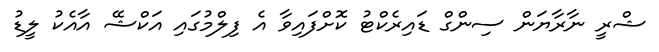
ޝްރީ ނާރާޔަން ސިންގް ޑައިރެކްޓު ކޮށްފައިވާ އެ ފިލްމުގައި އަކްޝޭ އާއެކު ލީޑު